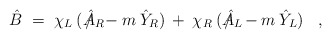
\begin{align*}\hat{B} \;=\; \chi_L \:(\hat{A}_R \!\!\!\!\!\!\!\slash \;\:- m \:\hat{Y}_R) \:+\:\chi_R \:(\hat{A}_L \!\!\!\!\!\!\!\slash \;\;- m \:\hat{Y}_L) \;\;\; ,\end{align*}